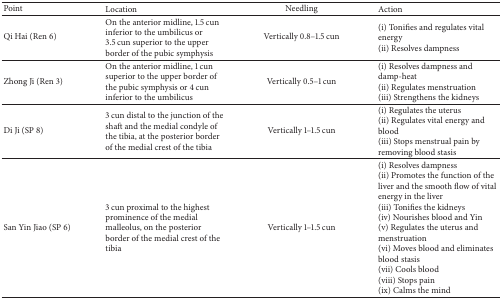
| Point | Location | Needling | Action |
 | --- | --- | --- | --- |
 | Qi Hai (Ren 6) | On the anterior midline, 1.5 cun inferior to the umbilicus or 3.5 cun superior to the upper border of the pubic symphysis | Vertically 0.8–1.5 cun | (i) Tonifies and regulates vital energy(ii) Resolves dampness |
 | Zhong Ji (Ren 3) | On the anterior midline, 1 cun superior to the upper border of the pubic symphysis or 4 cun inferior to the umbilicus | Vertically 0.5–1 cun | (i) Resolves dampness and damp-heat(ii) Regulates menstruation(iii) Strengthens the kidneys |
 | Di Ji (SP 8) | 3 cun distal to the junction of the shaft and the medial condyle of the tibia, at the posterior border of the medial crest of the tibia | Vertically 1–1.5 cun | (i) Regulates the uterus (ii) Regulates vital energy and blood(iii) Stops menstrual pain by removing blood stasis |
 | San Yin Jiao (SP 6) | 3 cun proximal to the highest prominence of the medial malleolus, on the posterior border of the medial crest of the tibia | Vertically 1–1.5 cun | (i) Resolves dampness(ii) Promotes the function of the liver and the smooth flow of vital energy in the liver(iii) Tonifies the kidneys(iv) Nourishes blood and Yin(v) Regulates the uterus and menstruation(vi) Moves blood and eliminates blood stasis(vii) Cools blood(viii) Stops pain(ix) Calms the mind |